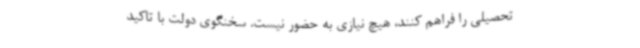
تحصیلی را فراهم کنند، هیچ نیازی به حضور نیست. سخنگوی دولت با تاکید